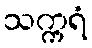
သက္ကရံ